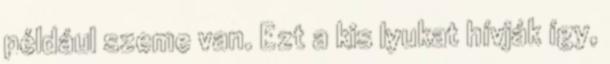
például szeme van. Ezt a kis lyukat hívják így,